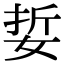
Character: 娎